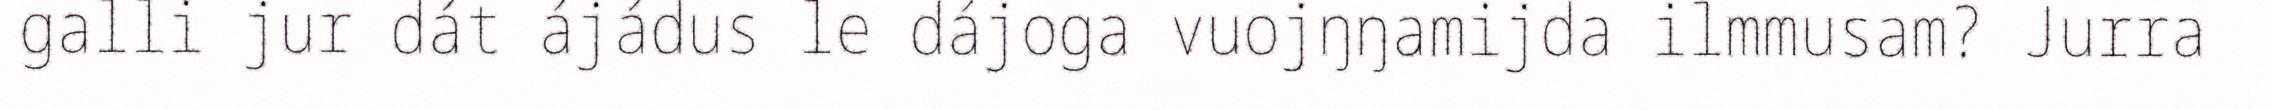
galli jur dát ájádus le dájoga vuojŋŋamijda ilmmusam? Jurra